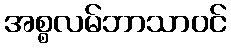
အစ္စလမ်ဘာသာဝင်